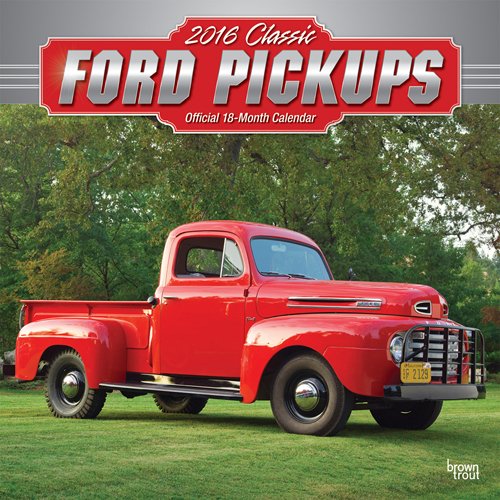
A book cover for Classic Ford Pickups 2016 Square 12x12; Browntrout Publishers; Calendars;